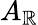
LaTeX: A_{\mathbb{R}}